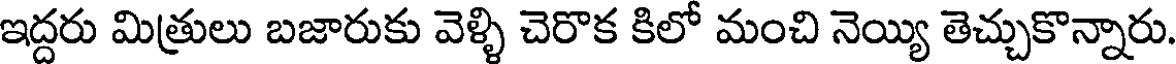
ఇద్దరు మిత్రులు బజారుకు వెళ్ళి చెరొక కిలో మంచి నెయ్యి తెచ్చుకొన్నారు.